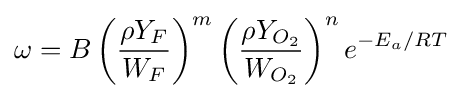
\omega =B\left({\frac {\rho Y_{F}}{W_{F}}}\right)^{m}\left({\frac {\rho Y_{O_{2}}}{W_{O_{2}}}}\right)^{n}e^{-E_{a}/RT}